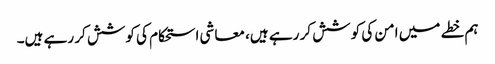
ہم خطے میں امن کی کوشش کر رہے ہیں، معاشی استحکام کی کوشش کر رہے ہیں۔